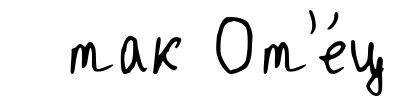
так От'е́ц